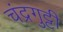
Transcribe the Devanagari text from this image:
चंद्रगुट्टी